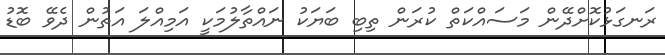
ރަނގަޅުކޮށްދޭން މަސައްކަތް ކުރަން ތިބި ބަޔަކު ނައްތާލުމަކީ އަމިއްލަ އަތުން ދެވޭ ބޮޑު